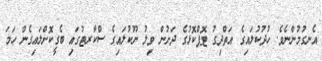
އެނގުމުންނެވެ. ހުދުކުލައިގެ އަތްދިގު ޓޮޕްކޮޅުގެ ދަށުން ވިލު ނޫކުލައިގެ ސްކާރޓުގައި ބެގީކޮށްލައިގެން ހަމަ